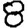
Digit: 8